Sketch of the medical history of the native army of Bombay, for the year
Year: 1876
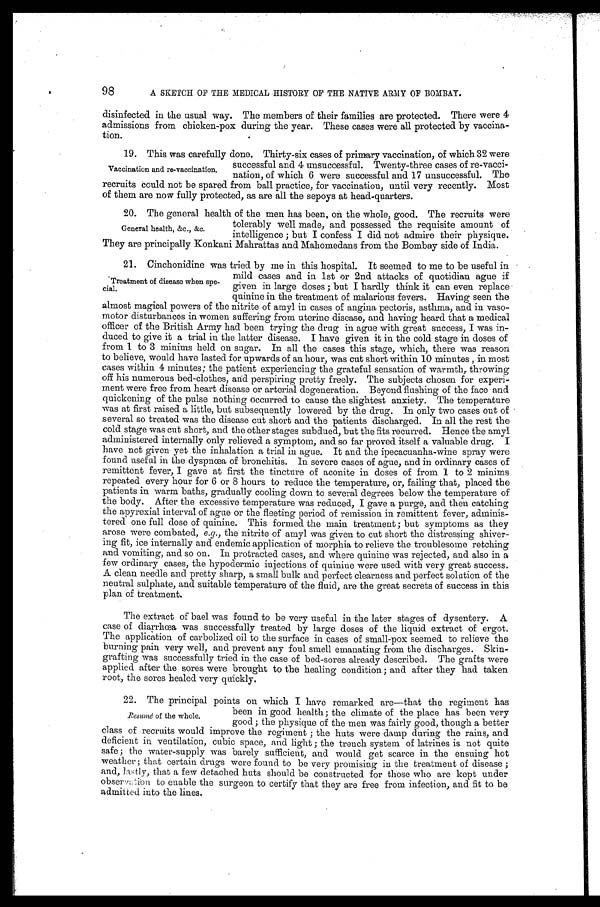
98
A SKETCH OF THE MEDICAL HISTORY OF THE NATIVE ARMY OF BOMBAY.
disinfected in the usual way. The members of their families are protected. There were 4
admissions from chicken-pox during the year. These cases were all protected by vaccina--
tion.
19. This was carefully done. Thirty-six cases of primary vaccination, of which 32 were
successful and 4 unsuccessful. Twenty-three cases of re-vacci--
nation, of which 6 were successful and 17 unsuccessful. The
recruits could not be spared from ball practice, for vaccination, until very recently. Most
of them are now fully protected, as are all the sepoys at head-quarters.
20. The general health of the men has been, on the whole, good. The recruits were
tolerably well made, and possessed the requisite amount of
intelligence; but I confess I did not admire their physique.
They are principally Konkani Mahrattas and Mahomedans from the Bombay side of India.
21. Cinchonidine was tried by me in this hospital. It seemed to me to be useful in
mild cases and in 1st or 2nd attacks of quotidian ague if
given in large doses; but I hardly think it can even replace
quinine in the treatment of malarious fevers. Having seen the
almost magical powers of the nitrite of amyl in cases of angina pectoris, asthma, and in vaso--
motor disturbances in women suffering from uterine disease, and having heard that a medical
officer of the British Army had been trying the drug in ague with great success, I was in--
duced to give it a trial in the latter disease. I have given it in the cold stage in doses of
from 1 to 3 minims held on sugar. In all the cases this stage, which, there was reason
to believe, would have lasted for upwards of an hour, was cut short within 10 minutes, in most
cases within 4 minutes; the patient experiencing the grateful sensation of warmth, throwing
off his numerous bed-clothes, and perspiring pretty freely. The subjects chosen for experi--
ment were free from heart disease or arterial degeneration. Beyond flushing of the face and
quickening of the pulse nothing occurred to cause the slightest anxiety. The temperature
was at first raised a little, but subsequently lowered by the drug. In only two cases out of
several so treated was the disease cut short and the patients discharged. In all the rest the
cold stage was cut short, and the other stages subdued, but the fits recurred. Hence the amyl
administered internally only relieved a symptom, and so far proved itself a valuable drug. I
have not given yet the inhalation a trial in ague. It and the ipecacuanha-wine spray were
found useful in the dyspnœa of bronchitis. In severe cases of ague, and in ordinary cases of
remittent fever, I gave at first the tincture of aconite in doses of from 1 to 2 minims
repeated every hour for 6 or 8 hours to reduce the temperature, or, failing that, placed the
patients in warm baths, gradually cooling down to several degrees below the temperature of
the body. After the excessive temperature was reduced, I gave a purge, and then catching
the apyrexial interval of ague or the fleeting period of remission in remittent fever, adminis-
- t e r e d o n e f u l l d o s e o f q u i n i n e . T h i s f o r m e d t h e m a i n t r e a t m e n t ; b u t s y m p t o m s a s t h e y
arose were combated, e.g., the nitrite of amyl was given to cut short the distressing shiver-
- i n g f i t , i c e i n t e r n a l l y a n d e n d e m i c a p p l i c a t i o n o f m o r p h i a t o r e l i e v e t h e t r o u b l e s o m e r e t c h i n g
and vomiting, and so on. In protracted cases, and where quinine was rejected, and also in a
few ordinary cases, the hypodermic injections of quinine were used with very great success.
A clean needle and pretty sharp, a small bulk and perfect clearness and perfect solution of the
neutral sulphate, and suitable temperature of the fluid, are the great secrets of success in this
plan of treatment.
The extract of bael was found to be very useful in the later stages of dysentery. A
case of diarrhœa was successfully treated by large doses of the liquid extract of ergot.
The application of carbolized oil to the surface in cases of small-pox seemed to relieve the
burning pain very well, and prevent any foul smell emanating from the discharges. Skin
-grafting was successfully tried in the case of bed-sores already described. The grafts were
applied after the sores were brought to the healing condition; and after they had taken
root, the sores healed very quickly.
22. The principal points on which I have remarked are—that the regiment has
been in good health; the climate of the place has been very
good; the physique of the men was fairly good, though a better
class of recruits would improve the regiment; the huts Were damp during the rains, and
deficient in ventilation, cubic space, and light; the trench system of latrines is not quite
safe; the water-supply was barely sufficient, and would get scarce in the ensuing hot
weather; that certain drugs were found to be very promising in the treatment of disease;
and, lastly, that a few detached huts should be constructed for those who are kept under
o b s e r v a t i o n t o e n a b l e t h e s u r g e o n t o c e r t i f y t h a t t h e y a r e f r e e f r o m i n f e c t i o n , a n d f i t t o b e
admitted into the lines.
Vaccination and re-vaccination.
General health, &c., &c.
Treatment of disease when spe
-cial.
Resumé of the whole.